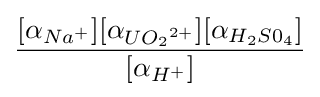
{\frac {[\alpha _{Na^{+}}][\alpha _{{U{O_{2}}}^{2+}}][\alpha _{{H_{2}}{S{0_{4}}}}]}{[\alpha _{H^{+}}]}}